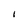
Character: I